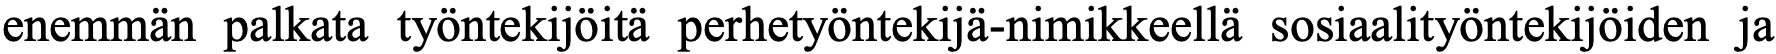
enemmän palkata työntekijöitä perhetyöntekijä-nimikkeellä sosiaalityöntekijöiden ja